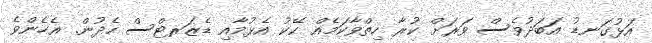
އަޅުގަނޑު އަބަދުވެސް ވަރަށް ކުރާ ހިތްވާކަމެއް ކޭކު އެޅުމާއި ޑެޒަރޓްސް ހެދުން. އެހެންވެ